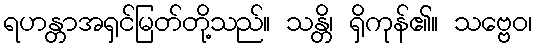
ရဟန္တာအရှင်မြတ်တို့သည်။ သန္တိ၊ ရှိကုန်၏။ သဗ္ဗေဝ၊